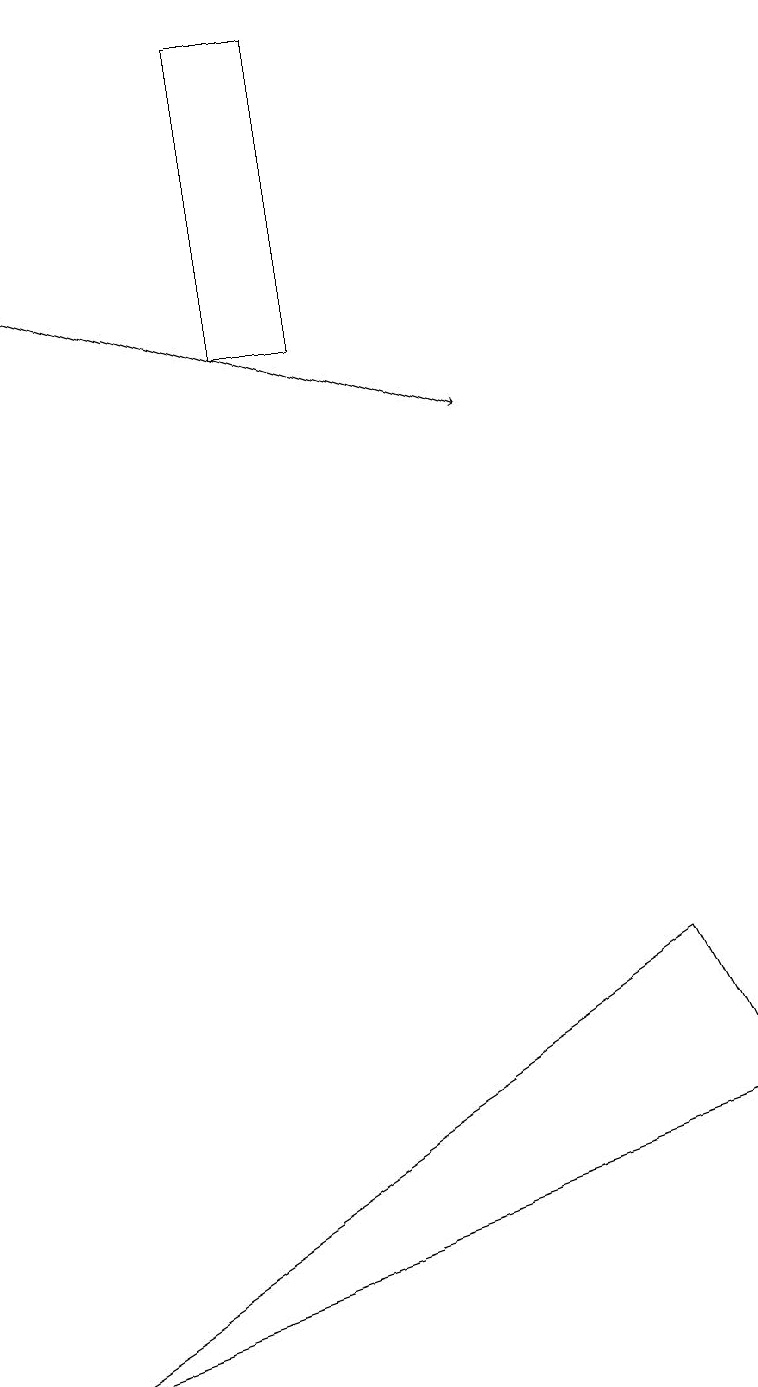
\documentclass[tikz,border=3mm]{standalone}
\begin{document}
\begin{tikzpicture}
\draw (3,18) rectangle (4,14);
\draw (0,1) -- (8,6) -- (9,4) -- cycle;
\draw[->] (0,15) -- (6,13);
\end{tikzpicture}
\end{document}